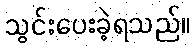
သွင်းပေးခဲ့ရသည်။